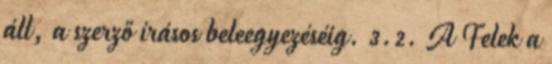
áll, a szerző írásos beleegyezéséig. 3.2. A Felek a